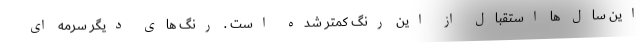
این سال ها استقبال از این رنگ کمتر شده است . رنگ های دیگر سرمه ای